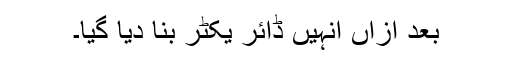
بعد ازاں انہیں ڈائر یکٹر بنا دیا گیا۔